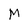
Character: M